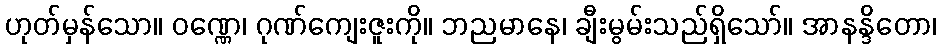
ဟုတ်မှန်သော။ ဝဏ္ဏေ၊ ဂုဏ်ကျေးဇူးကို။ ဘညမာနေ၊ ချီးမွမ်းသည်ရှိသော်။ အာနန္ဒိတော၊